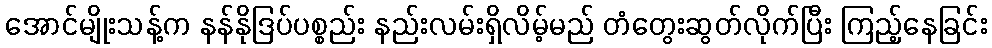
အောင်မျိုးသန့်က နန်နိုဒြပ်ပစ္စည်း နည်းလမ်းရှိလိမ့်မည် တံတွေးဆွတ်လိုက်ပြီး ကြည့်နေခြင်း